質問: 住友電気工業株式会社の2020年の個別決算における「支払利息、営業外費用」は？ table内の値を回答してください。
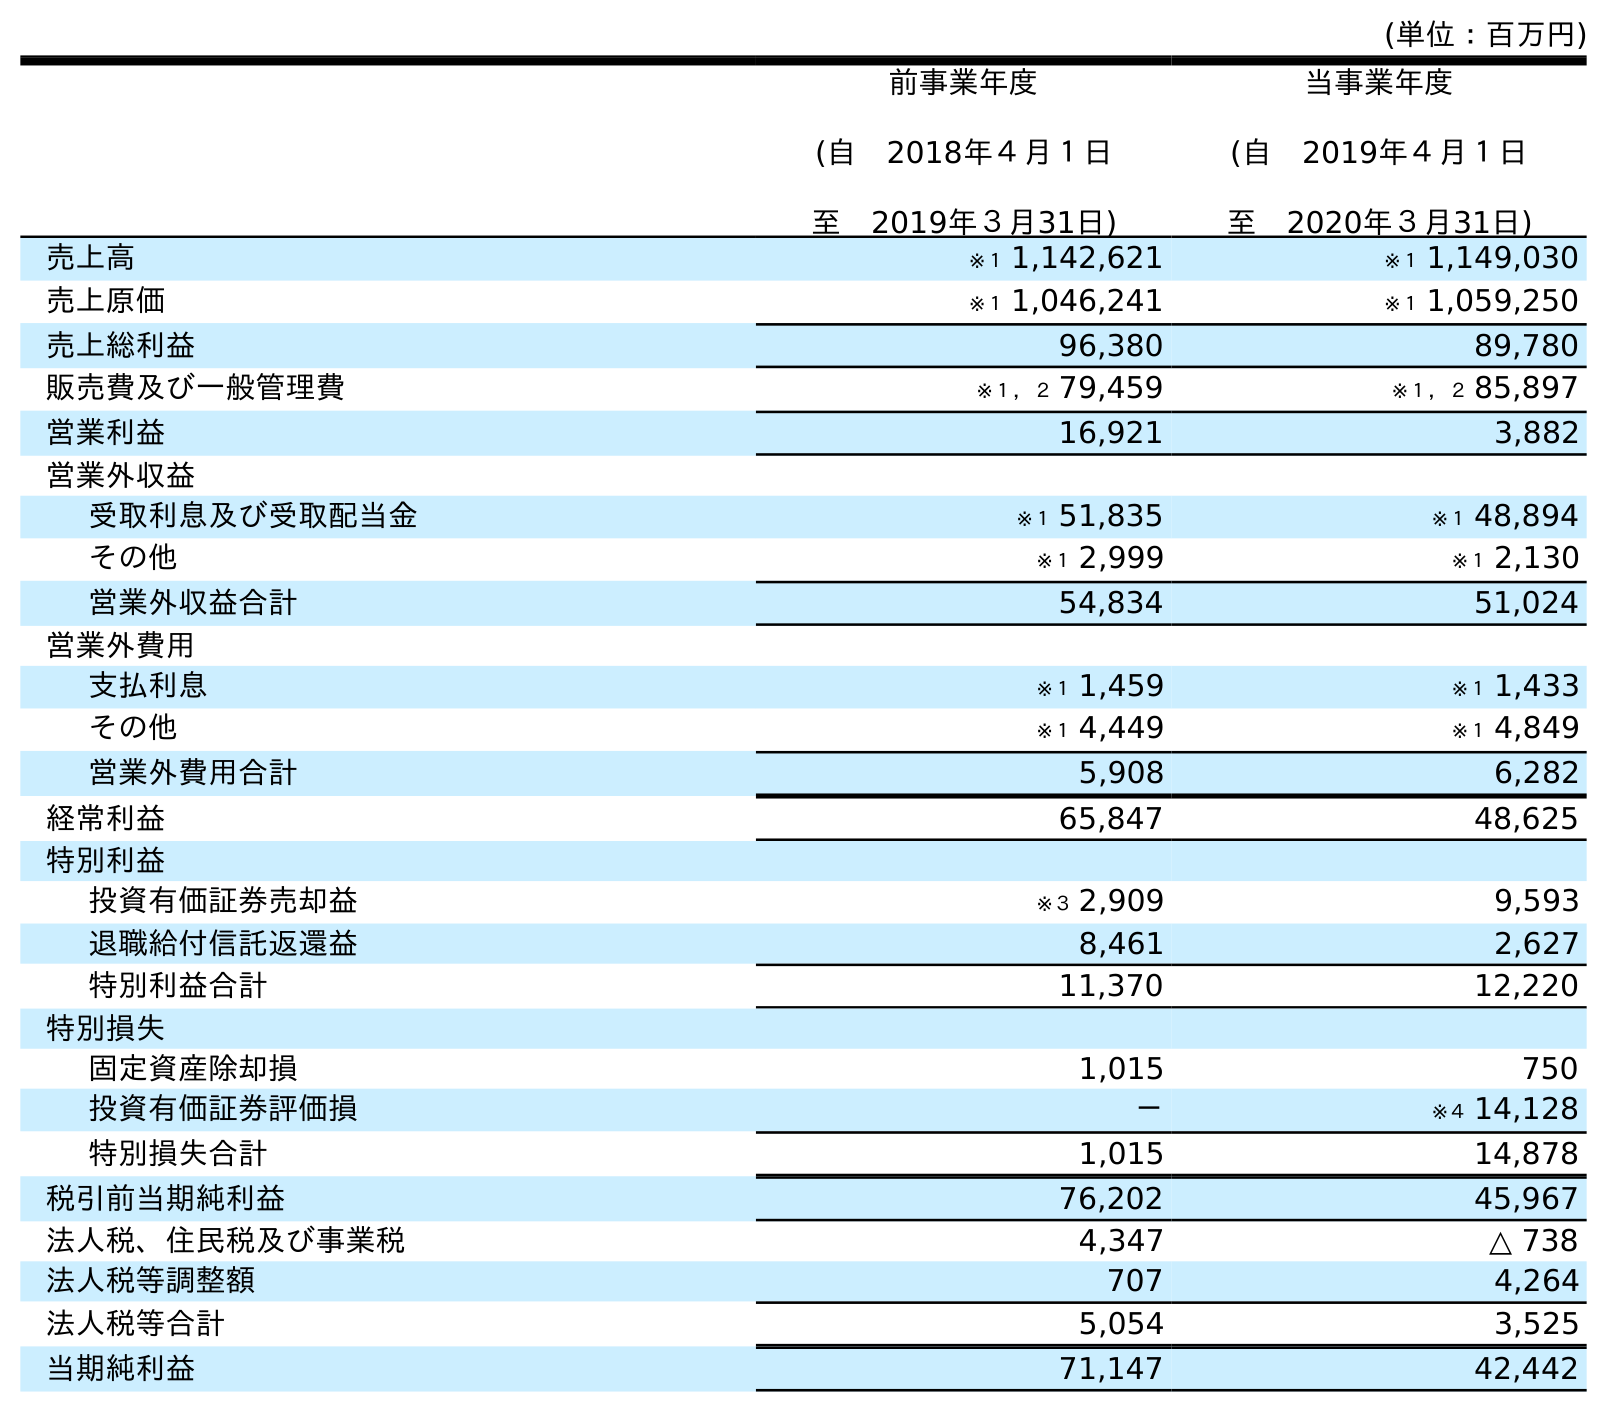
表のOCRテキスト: (単位：百万円) 前事業年度 (自 2018年４月１日 至 2019年３月31日) 当事業年度 (自 2019年４月１日 至 2020年３月31日) 売上高 ※１ 1,142,621 ※１ 1,149,030 売上原価 ※１ 1,046,241 ※１ 1,059,250 売上総利益 96,380 89,780 販売費及び一般管理費 ※１，２ 79,459 ※１，２ 85,897 営業利益 16,921 3,882 営業外収益 受取利息及び受取配当金 ※１ 51,835 ※１ 48,894 その他 ※１ 2,999 ※１ 2,130 営業外収益合計 54,834 51,024 営業外費用 支払利息 ※１ 1,459 ※１ 1,433 その他 ※１ 4,449 ※１ 4,849 営業外費用合計 5,908 6,282 経常利益 65,847 48,625 特別利益 投資有価証券売却益 ※３ 2,909 9,593 退職給付信託返還益 8,461 2,627 特別利益合計 11,370 12,220 特別損失 固定資産除却損 1,015 750 投資有価証券評価損 － ※４ 14,128 特別損失合計 1,015 14,878 税引前当期純利益 76,202 45,967 法人税、住民税及び事業税 4,347 △ 738 法人税等調整額 707 4,264 法人税等合計 5,054 3,525 当期純利益 71,147 42,442
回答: ※１1,433